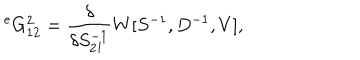
{ } ^ { e } G _ { 1 2 } ^ { 2 } = \frac { \delta } { \delta S _ { 2 1 } ^ { - 1 } } W [ S ^ { - 1 } , D ^ { - 1 } , V ] ,